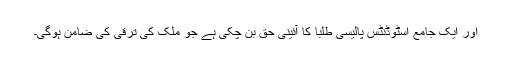
اور ایک جامع اسٹوڈنٹس پالیسی طلبا کا آئینی حق بن چکی ہے جو ملک کی ترقی کی ضامن ہوگی۔